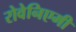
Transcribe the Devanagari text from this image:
रोवेनिएमी